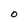
Character: O